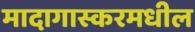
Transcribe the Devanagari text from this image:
मादागास्करमधील